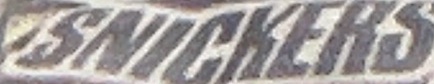
SNICKERS